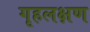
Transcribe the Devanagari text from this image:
गृहलक्षण